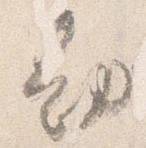
勘